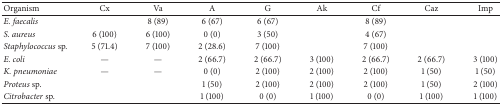
<table><thead><tr><td><b>Organism </b></td><td><b>Cx</b></td><td><b>Va</b></td><td><b>A</b></td><td><b>G </b></td><td><b>Ak</b></td><td><b>Cf </b></td><td><b>Caz</b></td><td><b>Imp</b></td></tr></thead><tbody><tr><td><i>E. faecalis</i></td><td> </td><td>8 (89)</td><td>6 (67)</td><td>6 (67)</td><td> </td><td>8 (89)</td><td> </td><td> </td></tr><tr><td><i>S. aureus</i></td><td>6 (100)</td><td>6 (100)</td><td>0 (0)</td><td>3 (50)</td><td> </td><td>4 (67)</td><td> </td><td> </td></tr><tr><td><i>Staphylococcus </i>sp.</td><td>5 (71.4)</td><td>7 (100)</td><td>2 (28.6)</td><td>7 (100)</td><td> </td><td>7 (100)</td><td> </td><td> </td></tr><tr><td><i>E. coli</i></td><td>—</td><td>—</td><td>2 (66.7)</td><td>2 (66.7)</td><td>3 (100)</td><td>2 (66.7)</td><td>2 (66.7)</td><td>3 (100)</td></tr><tr><td><i>K. pneumoniae</i></td><td>—</td><td>—</td><td>0 (0)</td><td>2 (100)</td><td>2 (100)</td><td>2 (100)</td><td>1 (50)</td><td>1 (50)</td></tr><tr><td><i>Proteus</i> sp.</td><td> </td><td> </td><td>1 (50)</td><td>2 (100)</td><td>2 (100)</td><td>2 (100)</td><td>1 (50)</td><td>2 (100)</td></tr><tr><td><i>Citrobacter</i> sp.</td><td> </td><td> </td><td>1 (100)</td><td>0 (0)</td><td>1 (100)</td><td>0 (0)</td><td>1 (100)</td><td>1 (100)</td></tr></tbody></table>